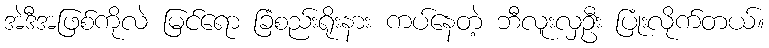
အဲဒီအဖြစ်ကိုလဲ မြင်ရော ခြံစည်းရိုးနား ကပ်နေတဲ့ ဘီလူးလှဦး ပြုံးလိုက်တယ်။